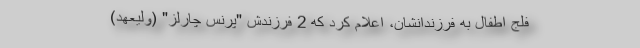
فلج اطفال به فرزندانشان، اعلام کرد که 2 فرزندش "پرنس چارلز" (ولیعهد)